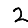
Digit: 2